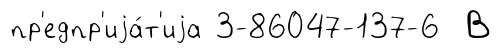
пр'едпр'иjа́т'иjа 3-86047-137-6 В